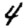
Digit: 4